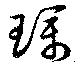
璞